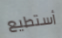
أستطيع